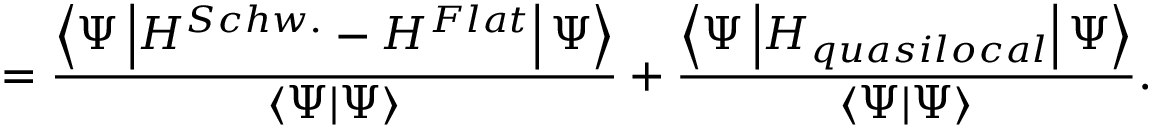
= \frac { \left\langle \Psi \left| H ^ { S c h w . } - H ^ { F l a t } \right| \Psi \right\rangle } { \left\langle \Psi | \Psi \right\rangle } + \frac { \left\langle \Psi \left| H _ { q u a s i l o c a l } \right| \Psi \right\rangle } { \left\langle \Psi | \Psi \right\rangle } .